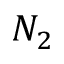
N _ { 2 }